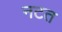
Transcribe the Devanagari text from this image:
नटत